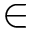
\in